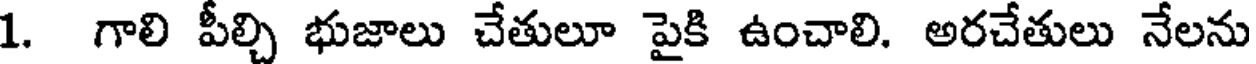
1. గాలి పీల్చి భుజాలు చేతులూ పైకి ఉంచాలి. అరచేతులు నేలను